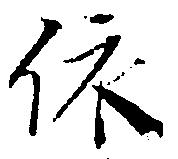
依